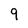
Character: 9